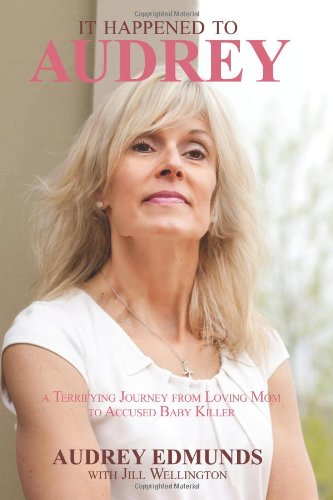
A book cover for It Happened to Audrey: A Terrifying Journey From Loving Mom to Accused Baby Killer; Jill Wellington; Biographies & Memoirs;